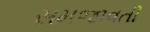
સમજાવતી